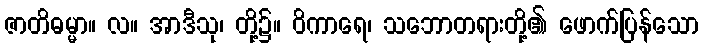
ဇာတိဓမ္မာ။ လ။ အာဒီသု၊ တို့၌။ ဝိကာရေ၊ သဘောတရားတို့၏ ဖောက်ပြန်သော